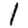
Digit: 1